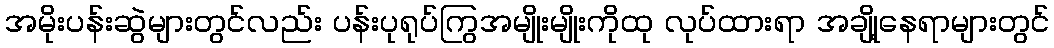
အမိုးပန်းဆွဲများတွင်လည်း ပန်းပုရုပ်ကြွအမျိုးမျိုးကိုထု လုပ်ထားရာ အချို့နေရာများတွင်